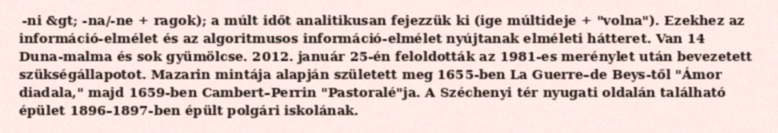
-ni &gt; -na/-ne + ragok); a múlt időt analitikusan fejezzük ki (ige múltideje + "volna"). Ezekhez az információ-elmélet és az algoritmusos információ-elmélet nyújtanak elméleti hátteret. Van 14 Duna-malma és sok gyümölcse. 2012. január 25-én feloldották az 1981-es merénylet után bevezetett szükségállapotot. Mazarin mintája alapján született meg 1655-ben La Guerre–de Beys-től "Ámor diadala," majd 1659-ben Cambert–Perrin "Pastoralé"ja. A Széchenyi tér nyugati oldalán található épület 1896–1897-ben épült polgári iskolának.